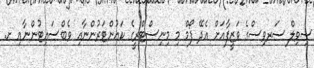
ސިވިލް ސަރވިސްގެ ވަޒީފާއަށް އެދޭ ފޯމް މި މިނިސްޓްރީގެ ކައުންޓަރުންނާއި ވެބްސައިޓުންނާއި ށ.